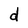
Character: d